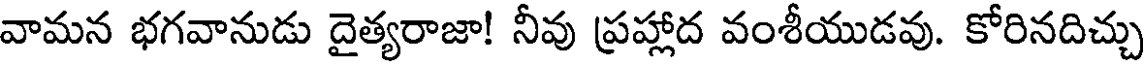
వామన భగవానుడు దైత్యరాజా! నీవు ప్రహ్లాద వంశీయుడవు. కోరినదిచ్చు